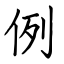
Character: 例